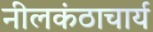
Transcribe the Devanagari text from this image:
नीलकंठाचार्य